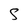
Character: S